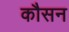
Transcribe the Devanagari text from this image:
कौसन